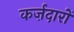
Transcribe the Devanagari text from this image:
कर्ज़दारों